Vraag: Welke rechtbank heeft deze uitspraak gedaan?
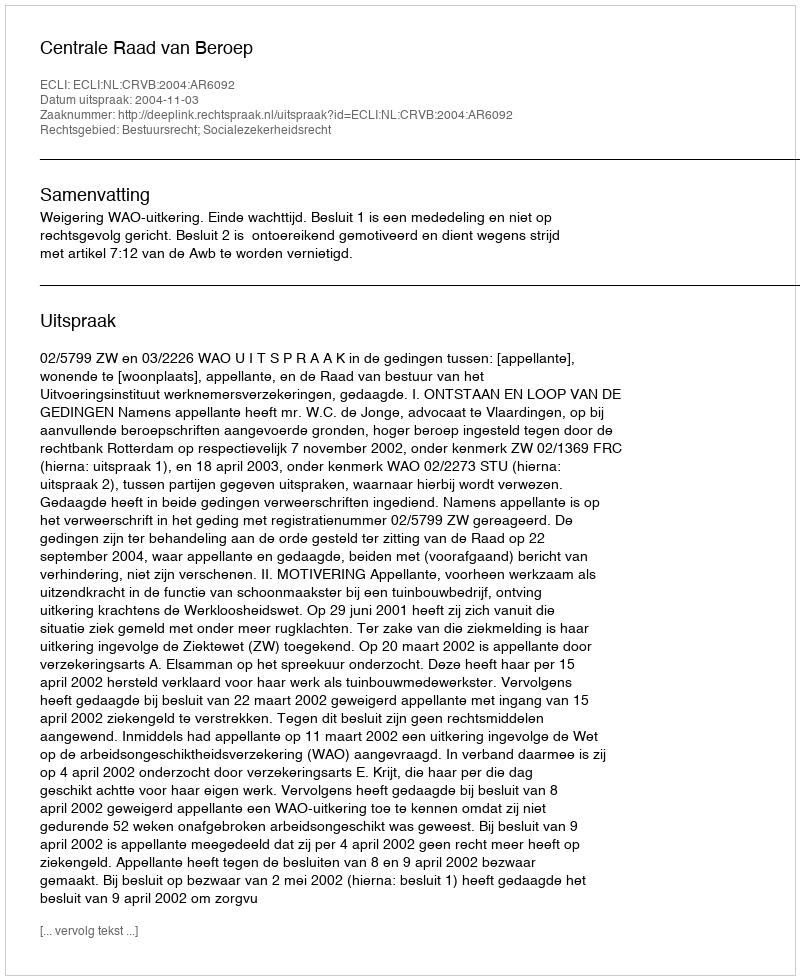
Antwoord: Centrale Raad van Beroep